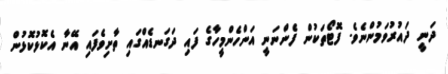
ދަނީ ދައުރުވަމުންނެވެ. ފޮޓޯތަކުން ފެންނަނީ އަންހެންމީހާގެ ފައި ދަގަނޑެއްގައި ތާށިވެފައި އޭނާ އެކޮޅުކޮޅުން